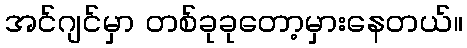
အင်ဂျင်မှာ တစ်ခုခုတော့မှားနေတယ်။